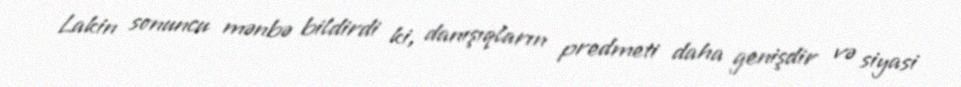
Lakin sonuncu mənbə bildirdi ki, danışıqların predmeti daha genişdir və siyasi